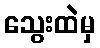
သွေးထဲမှ